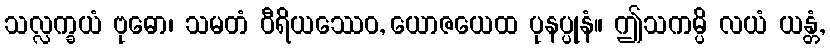
သလ္လက္ခယံ ဗုဓော၊ သမတံ ဝီရိယဿေဝ, ယောဇယေထ ပုနပ္ပုနံ။ ဤသကမ္ပိ လယံ ယန္တံ,